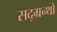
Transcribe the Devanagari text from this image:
सद्ग्रन्थों